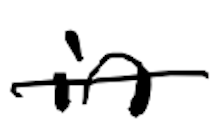
Text: in
Cross-out: single-line
Writing tool: digital_black